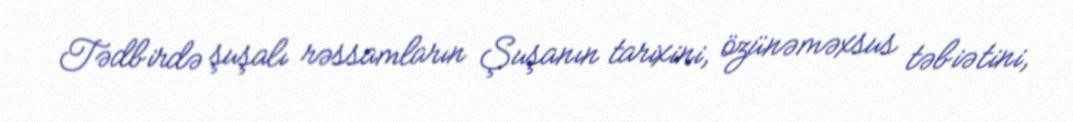
Tədbirdə şuşalı rəssamların Şuşanın tarixini, özünəməxsus təbiətini,